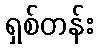
ရှစ်တန်း